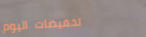
تخفيضات اليوم